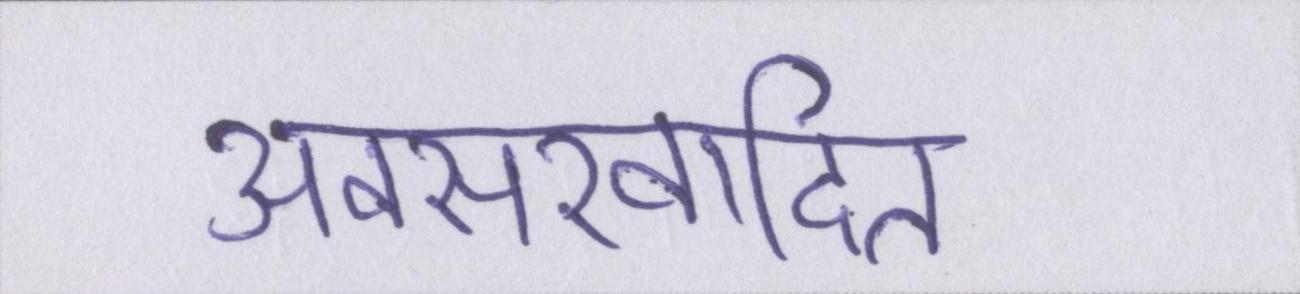
अवसरवादित